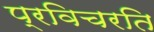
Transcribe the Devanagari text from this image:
प्रविचरति